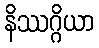
နိဿဂ္ဂိယာ